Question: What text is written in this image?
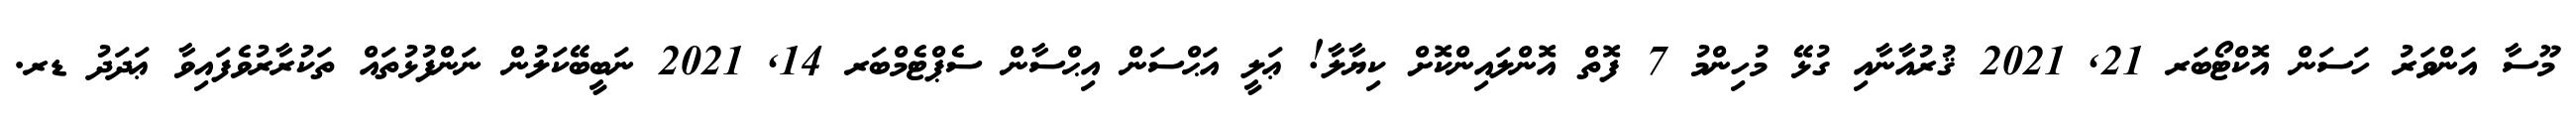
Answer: މޫސާ އަންވަރު ހަސަން އޮކްޓޯބަރ 21, 2021 ޤުރުއާނާއި ގުޅޭ މުހިންމު 7 ފޮތް އޮންލައިންކޮށް ކިޔާލާ! ޢަލީ އަޙްސަން އިޙްސާން ސެޕްޓެމްބަރ 14, 2021 ނަބީބޭކަލުން ނަންފުޅުތައް ތަކުރާރުވެފައިވާ ޢަދަދު ޑރ.